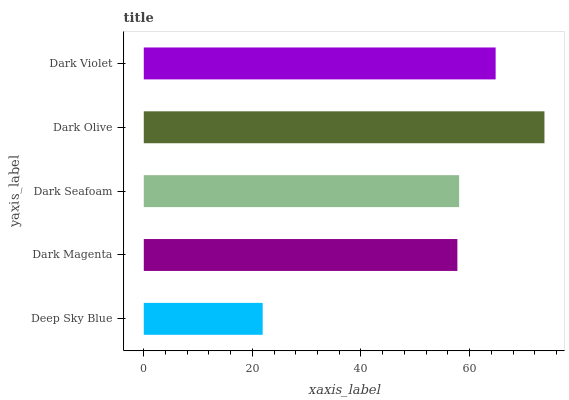
| yaxis_label | bars |
 | --- | --- |
 | Deep Sky Blue | 21.9 |
 | Dark Magenta | 57.8 |
 | Dark Seafoam | 58.1 |
 | Dark Olive | 73.8 |
 | Dark Violet | 64.8 |